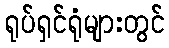
ရုပ်ရှင်ရုံများတွင်